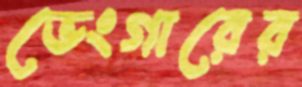
ভেংগারের